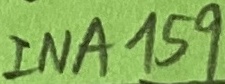
Text: IN1159